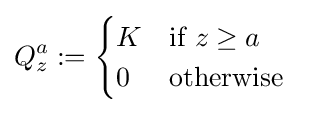
Q_{z}^{a}:={\begin{cases}K&{\text{if }}z\geq a\\0&{\text{otherwise }}\end{cases}}